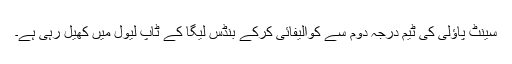
سینٹ پاؤلی کی ٹیم درجہ دوم سے کوالیفائی کرکے بنڈس لیگا کے ٹاپ لیول میں کھیل رہی ہے۔